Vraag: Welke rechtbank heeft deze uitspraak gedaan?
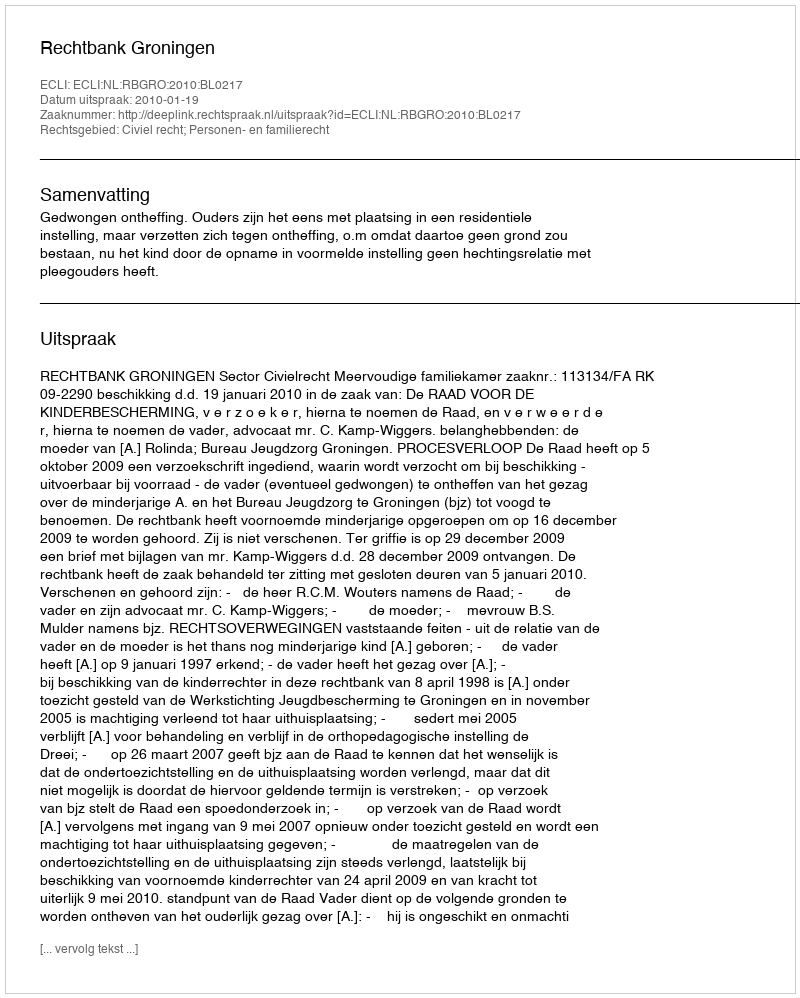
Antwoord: Rechtbank Groningen